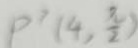
P ^ { \prime } ( 4 , \frac { \pi } { 2 } )